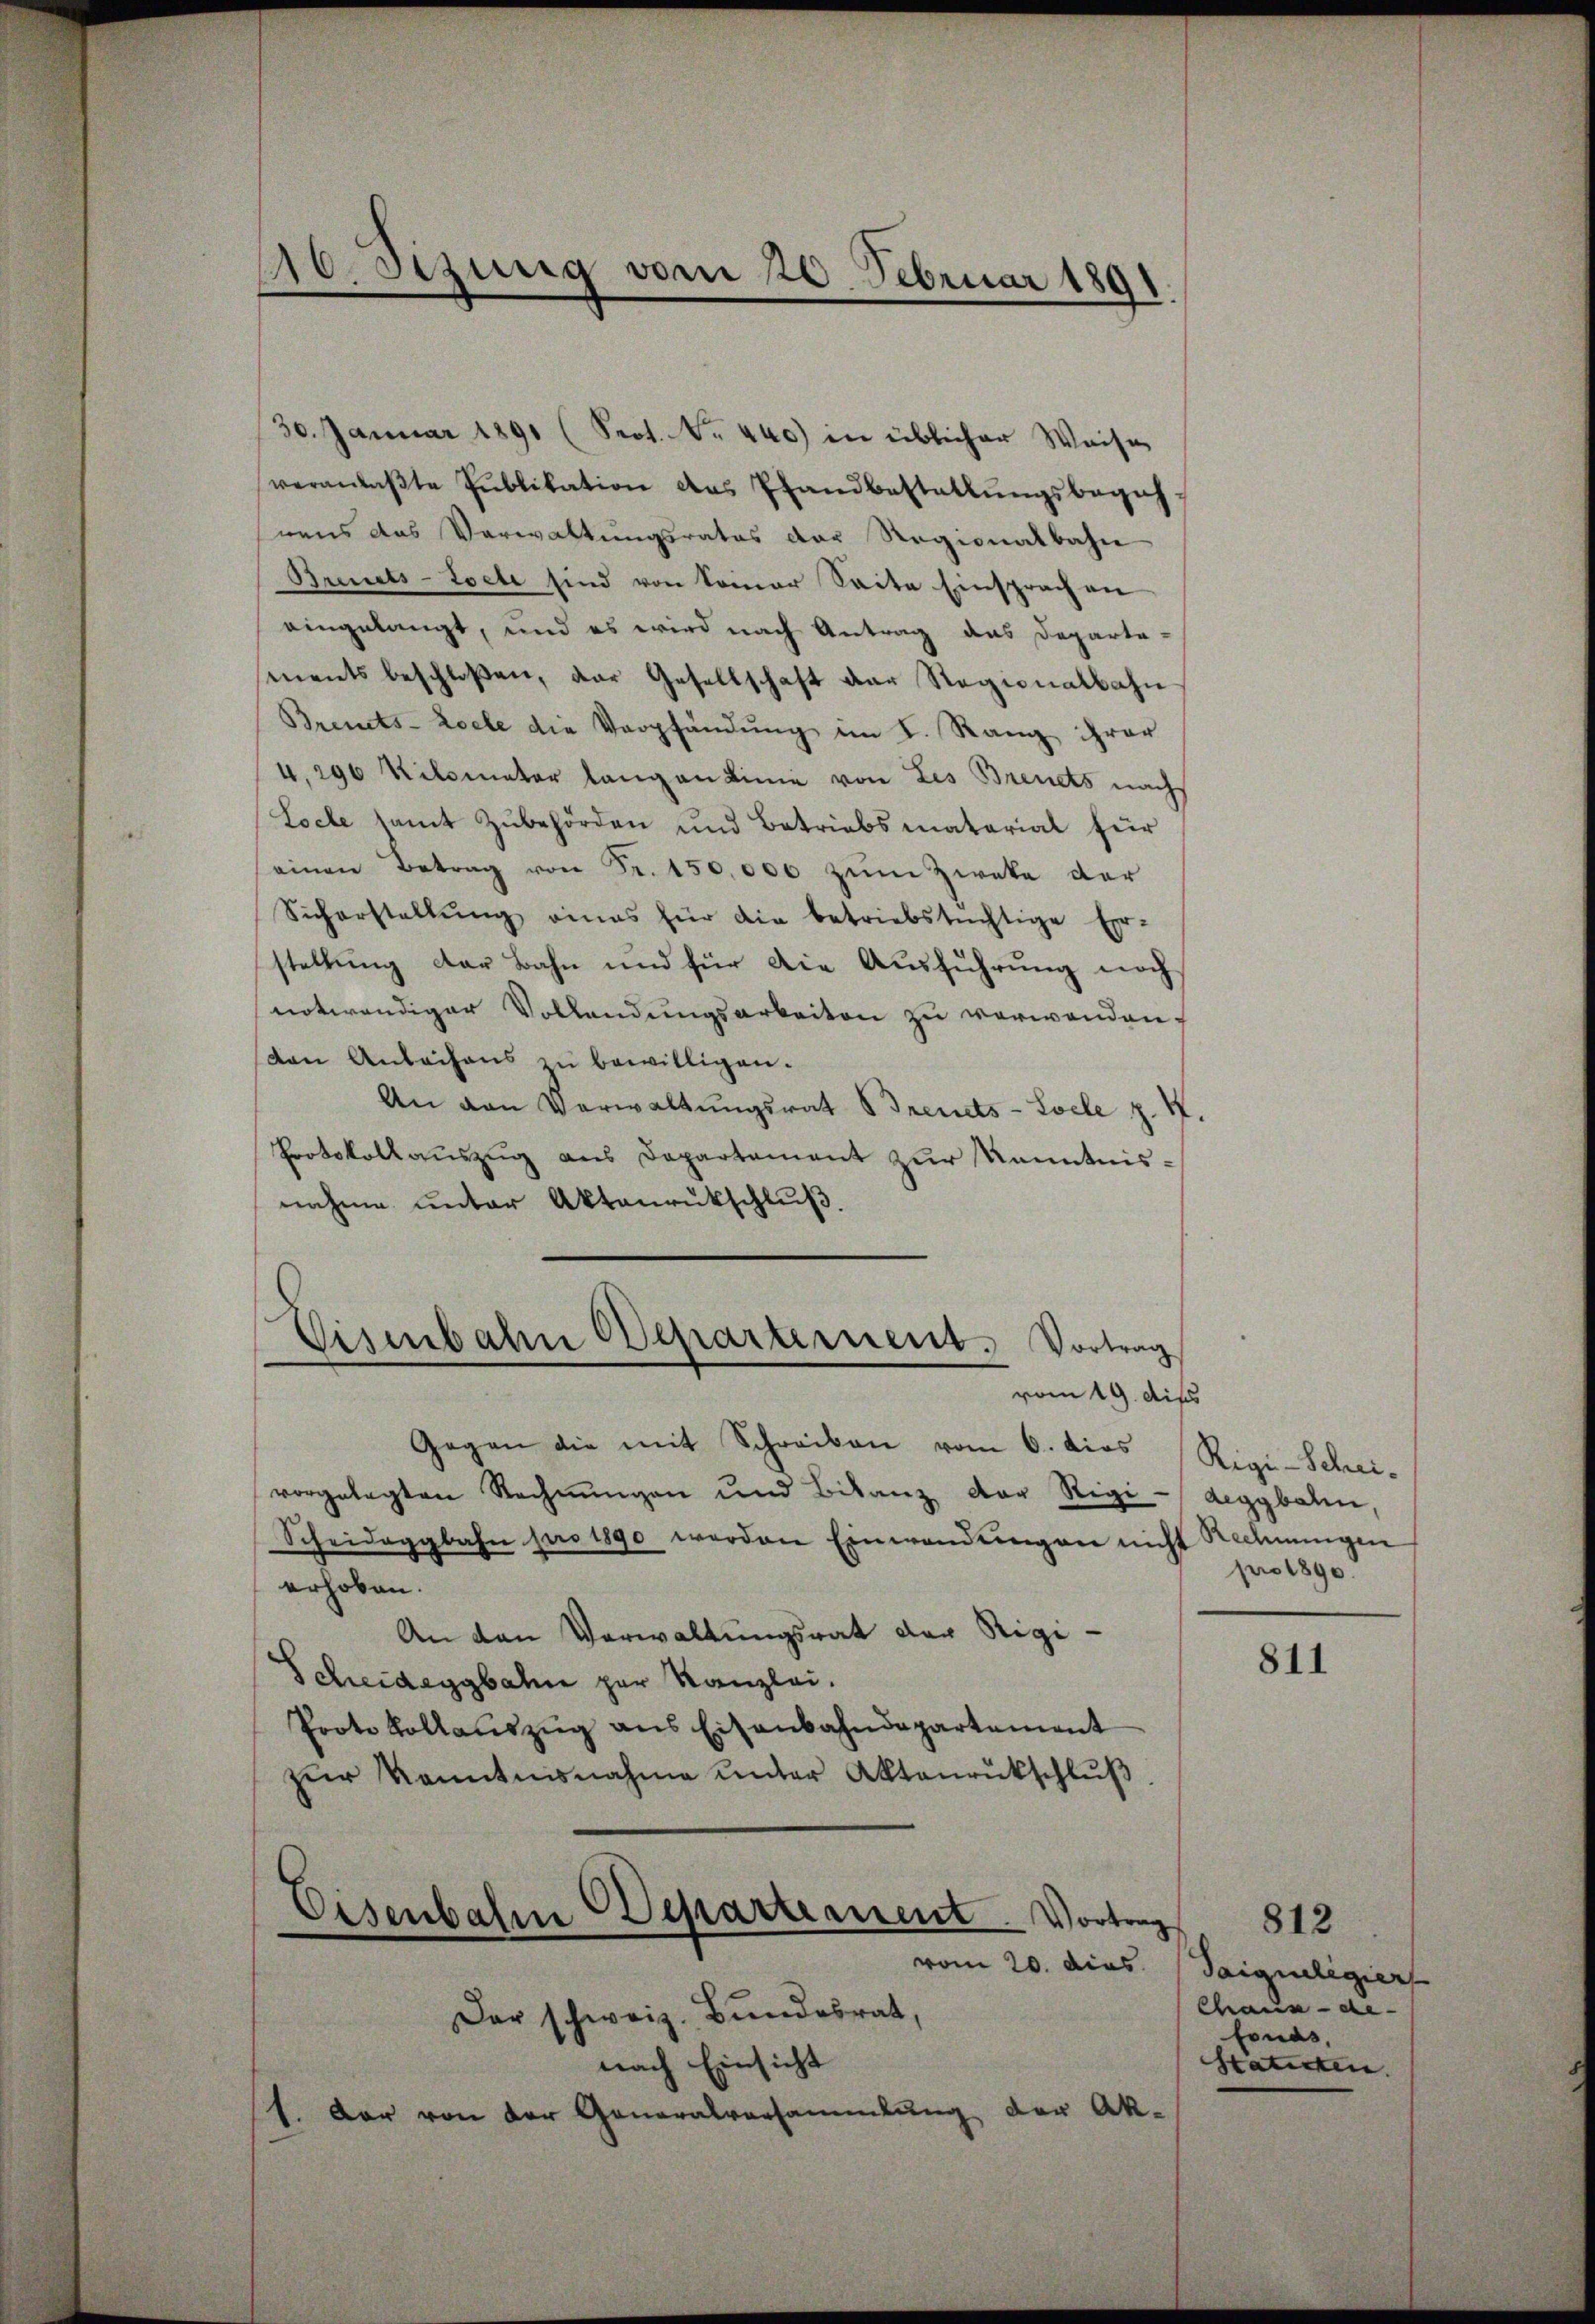
o. sezung vom 20. Februar 1891.

Eisenbahn Departement. Vortrag
vom 19. dies

30. Januar 1891 (Prot. No. 440) in üblicher Weise
veranlaβte Publikation des Pfandbestallŭngsbegeh-
rens das Verwaltungsrates der Regionalbahn
Brinets-Locte sind von Sonner Seite Einsprach an
eingelangt, und es wird nach Antrag das Departe-
ments beschloßen, der Gesellschaft der Regionalbahn
Brents-Zoele die Verpfändung im K. Rang ihrer
4,296 Kilometer langen Linie von Les Brevets nach
Loche samt Zubehörden und Betriebsmaterial für
einen Betrag von Fr. 150,000 zŭm Zweke der
Sicherstellŭng eines für die betriebstüchtige Er-
stellung der Bahn und für die Ausführung noch
notwendiger Vollendungsarbeiten zu verwenden.
don Anbachens zu bewilligen.
An van Verwaltungsrat Breuets-Locle z. K.
Protokollauszug aus Departement zur Kenntnisnahme unter Aktenrückschluß.

Gegen die mit Schreiben vom 6. dies
vorgelegten Rechnŭngen und Bilanz der Rigi-
Scheideggbahn pro 1890 werden Einwendungen nicht Rechnungen
erhoben.
An den Verwaltungsrat der Rigi-
Scheideggbahn zur Kanzlei.
Protokollaŭszŭg ans Eisenbahndepartement
zŭr Kenntnisnahme unter Aktenrückschlŭβ

Eisenbahn Departement. Vortrag
vom 20. dies Saigueligier

Der schweiz. Bundesrat,
nach Einsicht
1. Der von der Generalversammlung der Ak-

Rigi-Scheideggbahn,
pro 1890

811

812
Chaux-de-
fonds,
Staticken.